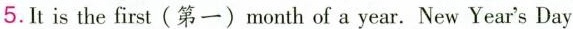
5.It is the first（第一）month of a year. New Year's Day